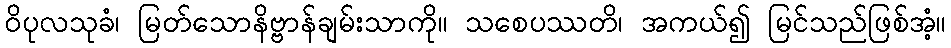
ဝိပုလသုခံ၊ မြတ်သောနိဗ္ဗာန်ချမ်းသာကို။ သစေပဿတိ၊ အကယ်၍ မြင်သည်ဖြစ်အံ့။